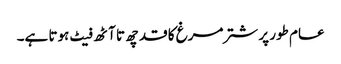
عام طور پر شتر مرغ کا قد چھ تا آٹھ فیٹ ہوتا ہے۔